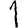
Digit: 1